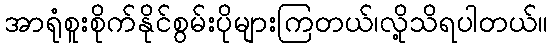
အာရုံစူးစိုက်နိုင်စွမ်းပိုများကြတယ်၊လို့သိရပါတယ်။